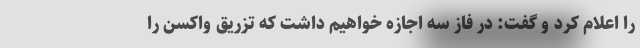
را اعلام کرد و گفت: در فاز سه اجازه خواهیم داشت که تزریق واکسن را